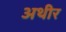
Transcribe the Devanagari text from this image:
अथीर